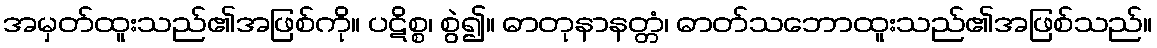
အမှတ်ထူးသည်၏အဖြစ်ကို။ ပဋိစ္စ၊ စွဲ၍။ ဓာတုနာနတ္တံ၊ ဓာတ်သဘောထူးသည်၏အဖြစ်သည်။